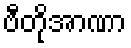
ဗီတိုအာဏာ